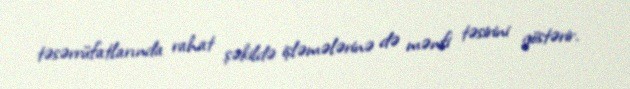
təsərrüfatlarında rahat şəkildə işləmələrinə də mənfi təsirini göstərir.